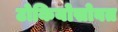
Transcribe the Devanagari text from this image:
टोकियोसोबत